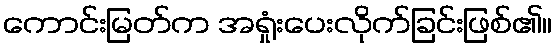
ကောင်းမြတ်က အရှုံးပေးလိုက်ခြင်းဖြစ်၏။